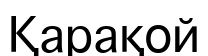
Қарақой